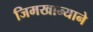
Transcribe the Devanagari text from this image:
जिमखान्याने